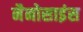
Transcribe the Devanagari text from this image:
नैनोसाइंस